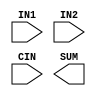
module adderSubALUNbit(
input wire [N - 1:0] IN1,
input wire [N - 1:0] IN2,
input wire CIN,
output wire [N - 1:0] SUM
);

parameter [31:0] N = 32;



reg cin_sign;
reg [N - 1:0] sum_sign;

  always @(CIN, cin_sign, IN1, IN2, sum_sign) begin : P1
    reg [N - 1:0] sum_var;

    cin_sign <= cin;
    if(CIN_sign == 1'b0) begin
      SUM_var = IN1 + IN2;
    end
    else if(CIN_sign == 1'b1) begin
      sum_var = IN1 - IN2;
      if(sum_var[31] == 1'b1) begin
        sum_var = 32'b11111111111111111111111111111111;
      end
      else begin
        sum_var = 32'b00000000000000000000000000000000;
      end
    end
    else begin
      sum_var = sum_var;
    end
    sum_sign <= sum_var;
  end

  assign sum = sum_sign;

endmodule